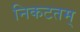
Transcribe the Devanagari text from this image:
निकटतम्